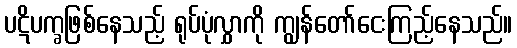
ပဋိပက္ခဖြစ်နေသည့် ရုပ်ပုံလွှာကို ကျွန်တော်ငေးကြည့်နေသည်။